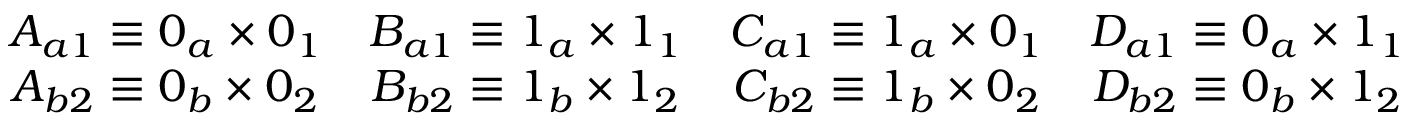
\begin{array} { c } { A _ { a 1 } \equiv 0 _ { a } \times 0 _ { 1 } } \\ { A _ { b 2 } \equiv 0 _ { b } \times 0 _ { 2 } } \end{array} \begin{array} { c } { B _ { a 1 } \equiv 1 _ { a } \times 1 _ { 1 } } \\ { B _ { b 2 } \equiv 1 _ { b } \times 1 _ { 2 } } \end{array} \begin{array} { c } { C _ { a 1 } \equiv 1 _ { a } \times 0 _ { 1 } } \\ { C _ { b 2 } \equiv 1 _ { b } \times 0 _ { 2 } } \end{array} \begin{array} { c } { D _ { a 1 } \equiv 0 _ { a } \times 1 _ { 1 } } \\ { D _ { b 2 } \equiv 0 _ { b } \times 1 _ { 2 } } \end{array}